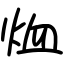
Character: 烅